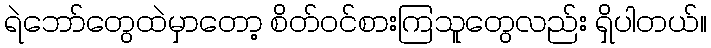
ရဲဘော်တွေထဲမှာတော့ စိတ်ဝင်စားကြသူတွေလည်း ရှိပါတယ်။